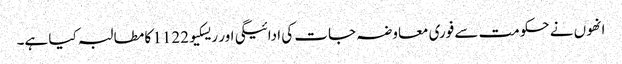
انھوں نے حکومت سے فوری معاوضہ جات کی ادائیگی اور ریسکیو1122 کا مطالبہ کیا ہے۔